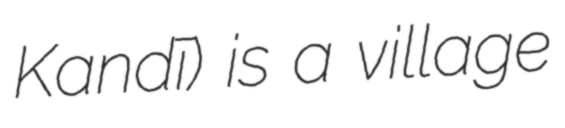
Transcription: Kandī) is a village